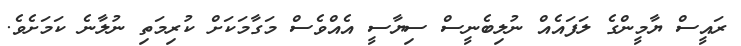
ރައީސް ޔާމީންގެ ލަފައެއް ނުލިބެނީސް ސިޔާސީ އެއްވެސް މަގާމަކަށް ކުރިމަތި ނުލާނެ ކަަމަށެވެ.